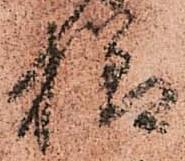
様